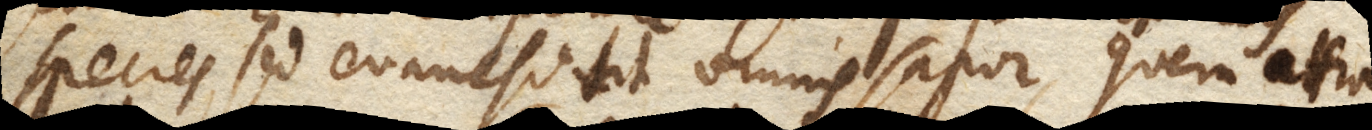
species, sed evanescit omnis sapor, quem attra–